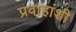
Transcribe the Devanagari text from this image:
प्रवाहांशी